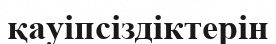
қауіпсіздіктерін